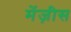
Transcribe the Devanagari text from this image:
मेंज़ीस